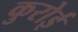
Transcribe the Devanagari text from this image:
कुरोई